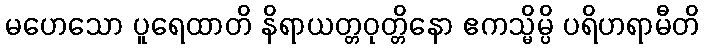
မဟေသော ပူရေထာတိ နိရာယတ္တဝုတ္တိနော ဧကသ္မိမ္ပိ ပရိဟရာမီတိ